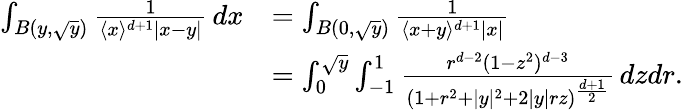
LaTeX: \begin{array}{rl}{\int_{B(y,\sqrt{y})}\frac{1}{\langle x\rangle^{d+1}|x-y|}\, dx}&{=\int_{B(0,\sqrt{y})}\frac{1}{\langle x+y\rangle^{d+1}|x|}}\\ &{=\int_{0}^{\sqrt{y}}\int_{-1}^{1}\frac{r^{d-2}(1-z^{2})^{d-3}}{(1+r^{2}+|y|^{2}+2|y|rz)^{\frac{d+1}{2}}}\, dzdr.}\end{array}